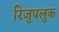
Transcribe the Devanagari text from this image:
रिजुपलुक